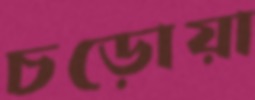
চড়োয়া